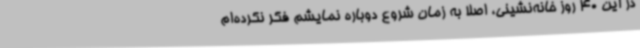
در این 40 روز خانه‌نشینی، اصلا به زمان شروع دوباره نمایشم فکر نکرده‌ام